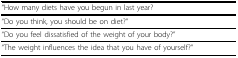
| “How many diets have you begun in last year? |
 | --- |
 | “Do you think, you should be on diet?” |
 | “Do you feel dissatisfied of the weight of your body?” |
 | “The weight influences the idea that you have of yourself?” |